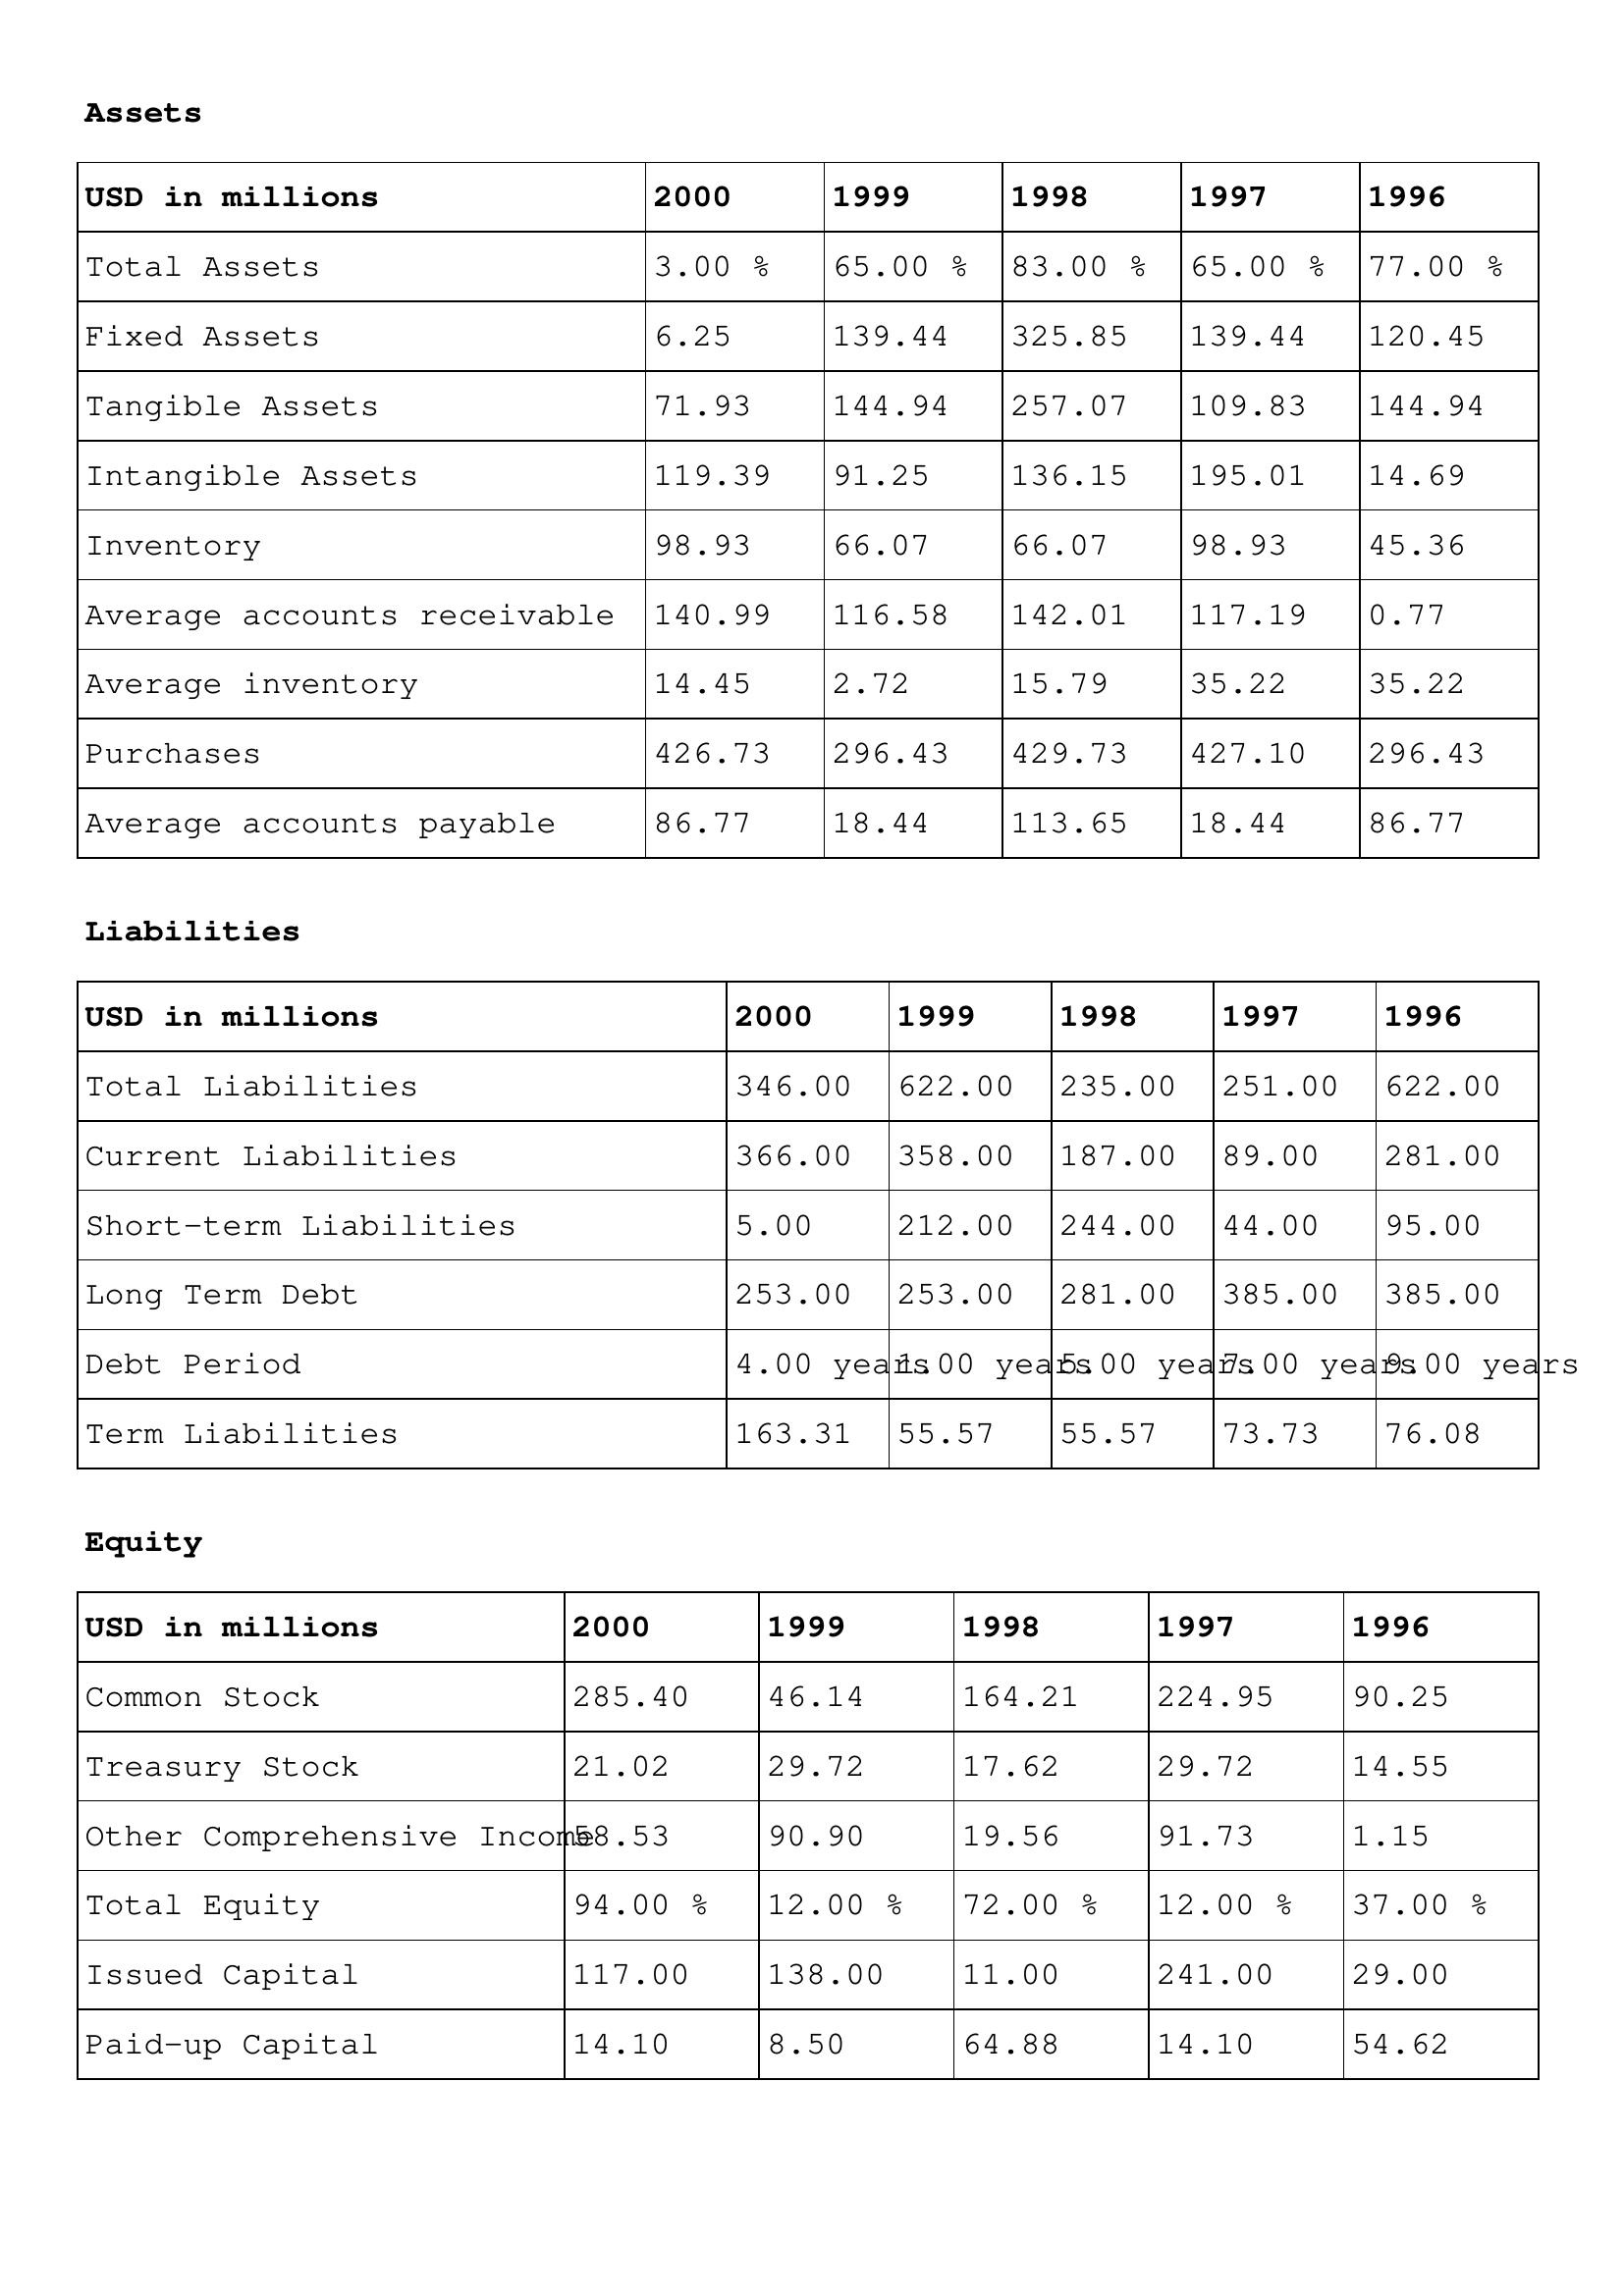
gt_parse: 2000: Assets: Total Assets: 3.00 %
Fixed Assets: 6.25
Tangible Assets: 71.93
Intangible Assets: 119.39
Inventory: 98.93
Average accounts receivable: 140.99
Average inventory: 14.45
Purchases: 426.73
Average accounts payable: 86.77
Liabilities: Total Liabilities: 346.00
Current Liabilities: 366.00
Short-term Liabilities: 5.00
Long Term Debt: 253.00
Debt Period: 4.00 years
Term Liabilities: 163.31
Equity: Common Stock: 285.40
Treasury Stock: 21.02
Other Comprehensive Income: 58.53
Total Equity: 94.00 %
Issued Capital: 117.00
Paid-up Capital: 14.10
1999: Assets: Total Assets: 65.00 %
Fixed Assets: 139.44
Tangible Assets: 144.94
Intangible Assets: 91.25
Inventory: 66.07
Average accounts receivable: 116.58
Average inventory: 2.72
Purchases: 296.43
Average accounts payable: 18.44
Liabilities: Total Liabilities: 622.00
Current Liabilities: 358.00
Short-term Liabilities: 212.00
Long Term Debt: 253.00
Debt Period: 1.00 years
Term Liabilities: 55.57
Equity: Common Stock: 46.14
Treasury Stock: 29.72
Other Comprehensive Income: 90.90
Total Equity: 12.00 %
Issued Capital: 138.00
Paid-up Capital: 8.50
1998: Assets: Total Assets: 83.00 %
Fixed Assets: 325.85
Tangible Assets: 257.07
Intangible Assets: 136.15
Inventory: 66.07
Average accounts receivable: 142.01
Average inventory: 15.79
Purchases: 429.73
Average accounts payable: 113.65
Liabilities: Total Liabilities: 235.00
Current Liabilities: 187.00
Short-term Liabilities: 244.00
Long Term Debt: 281.00
Debt Period: 5.00 years
Term Liabilities: 55.57
Equity: Common Stock: 164.21
Treasury Stock: 17.62
Other Comprehensive Income: 19.56
Total Equity: 72.00 %
Issued Capital: 11.00
Paid-up Capital: 64.88
1997: Assets: Total Assets: 65.00 %
Fixed Assets: 139.44
Tangible Assets: 109.83
Intangible Assets: 195.01
Inventory: 98.93
Average accounts receivable: 117.19
Average inventory: 35.22
Purchases: 427.10
Average accounts payable: 18.44
Liabilities: Total Liabilities: 251.00
Current Liabilities: 89.00
Short-term Liabilities: 44.00
Long Term Debt: 385.00
Debt Period: 7.00 years
Term Liabilities: 73.73
Equity: Common Stock: 224.95
Treasury Stock: 29.72
Other Comprehensive Income: 91.73
Total Equity: 12.00 %
Issued Capital: 241.00
Paid-up Capital: 14.10
1996: Assets: Total Assets: 77.00 %
Fixed Assets: 120.45
Tangible Assets: 144.94
Intangible Assets: 14.69
Inventory: 45.36
Average accounts receivable: 0.77
Average inventory: 35.22
Purchases: 296.43
Average accounts payable: 86.77
Liabilities: Total Liabilities: 622.00
Current Liabilities: 281.00
Short-term Liabilities: 95.00
Long Term Debt: 385.00
Debt Period: 9.00 years
Term Liabilities: 76.08
Equity: Common Stock: 90.25
Treasury Stock: 14.55
Other Comprehensive Income: 1.15
Total Equity: 37.00 %
Issued Capital: 29.00
Paid-up Capital: 54.62